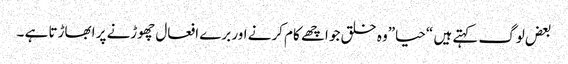
بعض لوگ کہتے ہیں “حیا”وہ خلق جو اچھے کام کرنے اور برے افعال چھوڑنے پر ابھاڑتا ہے ۔